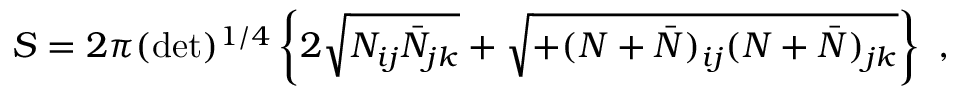
S = 2 \pi ( \operatorname * { d e t } ) ^ { 1 / 4 } \left\{ 2 \sqrt { N _ { i j } \bar { N } _ { j k } } + \sqrt { + ( N + \bar { N } ) _ { i j } ( N + \bar { N } ) _ { j k } } \right\} \ ,